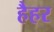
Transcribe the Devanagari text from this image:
हैहर